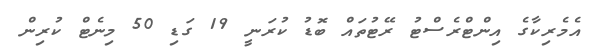
އެމެރިކާގެ އިންޓްރެސްޓު ރޭޓުތައް ބޮޑު ކުރަނީ 19 ގަޑި 50 މިނެޓް ކުރިން